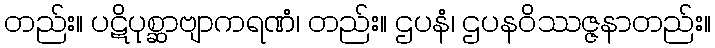
တည်း။ ပဋိပုစ္ဆာဗျာကရဏံ၊ တည်း။ ဌပနံ၊ ဌပနဝိဿဇ္ဇနာတည်း။